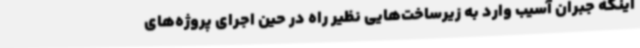
اینکه جبران آسیب وارد به زیرساخت‌هایی نظیر راه در حین اجرای پروژه‌های